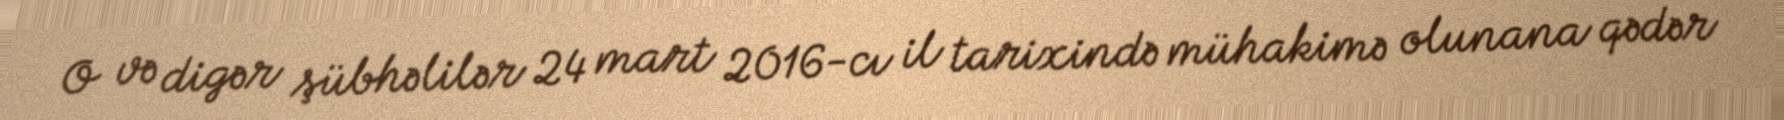
O və digər şübhəlilər 24 mart 2016-cı il tarixində mühakimə olunana qədər